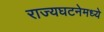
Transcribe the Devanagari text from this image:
राज्यघटनेमध्ये